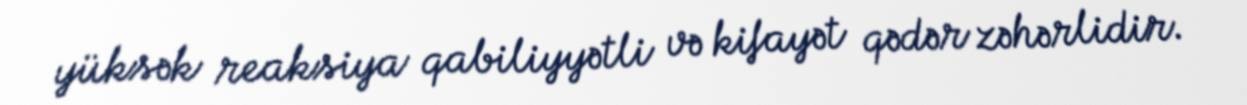
yüksək reaksiya qabiliyyətli və kifayət qədər zəhərlidir.